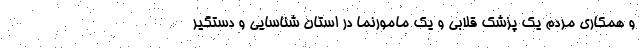
و همکاری مردم یک پزشک قلابی و یک مامورنما در استان شناسایی و دستگیر